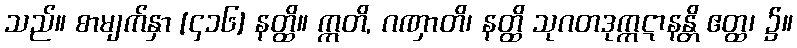
သည်။ စာမျက်နှာ [၄၁၆] နတ္ထိ။ ဣတိ, ဂဏှာတိ၊ နတ္ထိ သုဂတဒုက္ကဋာနန္တိ ဧတ္ထ၊ ၌။